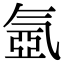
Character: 氬